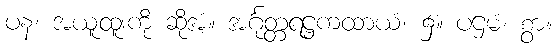
ပန၊ အယူထူးကို ဆိုအံ့။ အင်္ဂုတ္တရဋ္ဌကထာယံ၊ ၌။ ပဌမံ၊ စွာ။